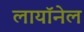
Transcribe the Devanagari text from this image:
लायॉनेल